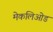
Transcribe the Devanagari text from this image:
मेकलिओड